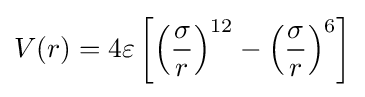
V(r)=4\varepsilon \left[{\left({\frac {\sigma }{r}}\right)}^{12}-{\left({\frac {\sigma }{r}}\right)}^{6}\right]